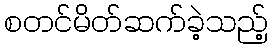
စတင်မိတ်ဆက်ခဲ့သည့်